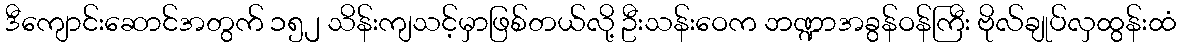
ဒီကျောင်းဆောင်အတွက် ၁၅၂ သိန်းကျသင့်မှာဖြစ်တယ်လို့ ဦးသန်းဝေက ဘဏ္ဍာအခွန်ဝန်ကြီး ဗိုလ်ချုပ်လှထွန်းထံ